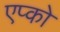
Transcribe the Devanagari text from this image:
एप्को